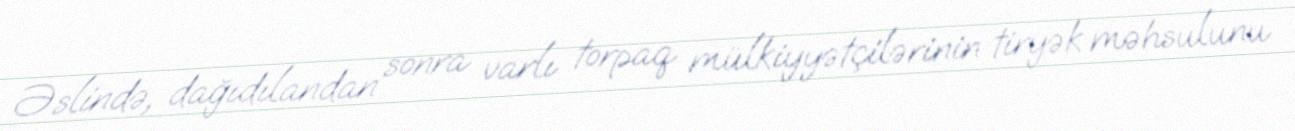
Əslində, dağıdılandan sonra varlı torpaq mülkiyyətçilərinin tiryək məhsulunu